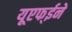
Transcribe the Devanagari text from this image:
यूएफ्ईने